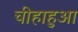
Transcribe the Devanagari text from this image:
चीहाहुआ